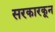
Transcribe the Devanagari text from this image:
सरकारकून